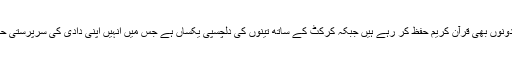
دوسرے دونوں بھی قرآن کریم حفظ کر رہے ہیں جبکہ کرکٹ کے ساتھ تینوں کی دلچسپی یکساں ہے جس میں انہیں اپنی دادی کی سرپرستی حاصل ہے۔